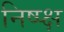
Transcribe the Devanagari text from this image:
निष्प्क्ष